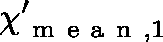
\mathbf { \chi } _ { \mathrm { ~ m ~ e ~ a ~ n ~ } , 1 } ^ { \prime }